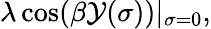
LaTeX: \lambda\cos(\beta\mathcal{Y}(\sigma))|_{\sigma=0},